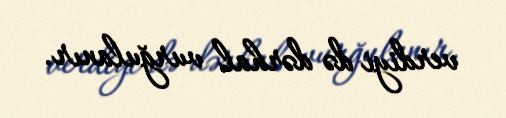
verdiyi də dərhal vurğulanır.